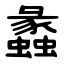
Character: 蠡